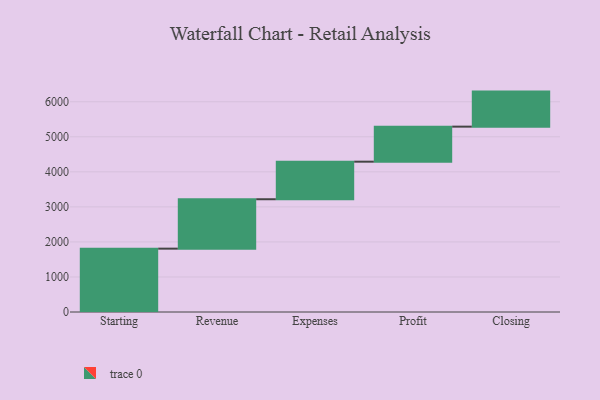
{"axis": {"x": "Step", "y": "Value"}, "legend": [""], "data": [{"x": "Starting", "y": 1808.0, "type": ""}, {"x": "Revenue", "y": 1410.0, "type": ""}, {"x": "Expenses", "y": 1072.0, "type": ""}, {"x": "Profit", "y": 1000, "type": ""}, {"x": "Closing", "y": 1000, "type": ""}]}